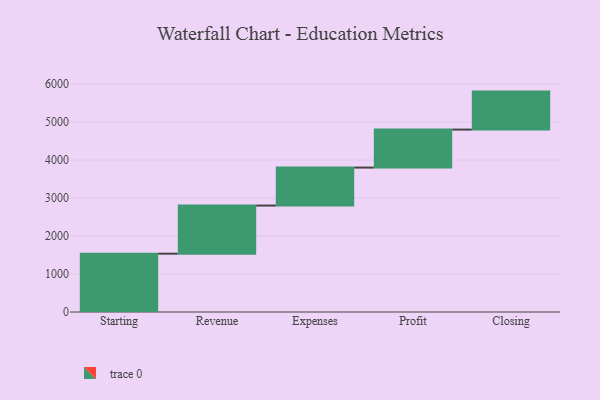
{"axis": {"x": "Step", "y": "Value"}, "legend": [""], "data": [{"x": "Starting", "y": 1535.0, "type": ""}, {"x": "Revenue", "y": 1267.0, "type": ""}, {"x": "Expenses", "y": 1000, "type": ""}, {"x": "Profit", "y": 1000, "type": ""}, {"x": "Closing", "y": 1000, "type": ""}]}